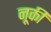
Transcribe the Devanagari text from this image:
नूकी